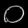
Digit: ၀